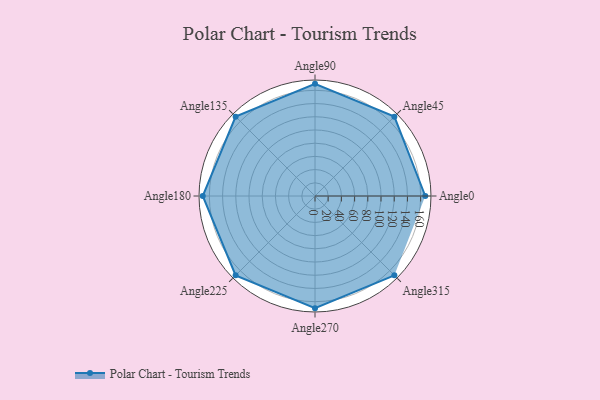
{"axis": {"x": "Angle", "y": "Radius"}, "legend": [""], "data": [{"x": "Angle0", "y": 167.0, "type": ""}, {"x": "Angle45", "y": 170, "type": ""}, {"x": "Angle90", "y": 170, "type": ""}, {"x": "Angle135", "y": 170, "type": ""}, {"x": "Angle180", "y": 170, "type": ""}, {"x": "Angle225", "y": 170, "type": ""}, {"x": "Angle270", "y": 170, "type": ""}, {"x": "Angle315", "y": 170, "type": ""}]}